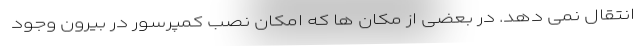
انتقال نمی دهد. در بعضی از مکان ها که امکان نصب کمپرسور در بیرون وجود